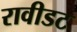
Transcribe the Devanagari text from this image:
रावीडट